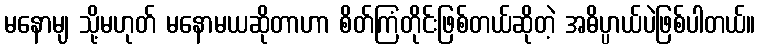
မနောမျ သို့မဟုတ် မနောမယဆိုတာဟာ စိတ်ကြံတိုင်းဖြစ်တယ်ဆိုတဲ့ အဓိပ္ပာယ်ပဲဖြစ်ပါတယ်။